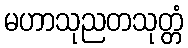
မဟာသုညတသုတ္တံ